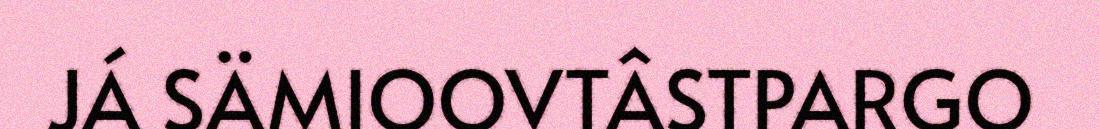
JÁ SÄMIOOVTÂSTPARGO